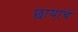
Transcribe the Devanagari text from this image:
छायांचे